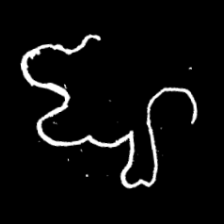
Pyu character \u2014 Myanmar letter: ဈ (romanized: jha)